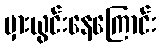
မှားယွင်းနေကြောင်း